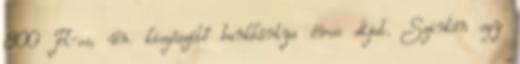
800 Ft-os, ún. kiegészítő bankkártya éves díjat. Szintén egy